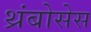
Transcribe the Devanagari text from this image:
थ्रंबोसेस